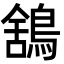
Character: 鵨